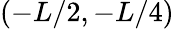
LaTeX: (-L/2,-L/4)